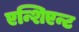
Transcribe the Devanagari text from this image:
एन्शिएन्ट